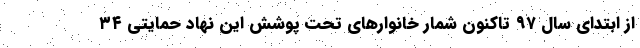
از ابتدای سال ۹۷ تاکنون شمار خانوارهای تحت پوشش این نهاد حمایتی ۳۴